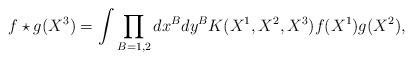
LaTeX: \begin{align*}f\star g(X^3)=\int\prod_{B=1,2}dx^B dy^BK(X^1,X^2,X^3)f(X^1)g(X^2),\end{align*}